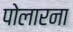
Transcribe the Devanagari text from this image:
पोलारना